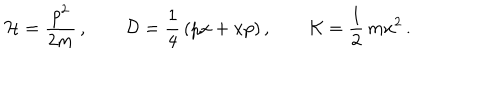
{ \cal H } = \frac { p ^ { 2 } } { 2 m } \, , \qquad { \cal D } = \frac { 1 } { 4 } \, ( p x + x p ) \, , \qquad { \cal K } = \frac { 1 } { 2 } \, m x ^ { 2 } \, .